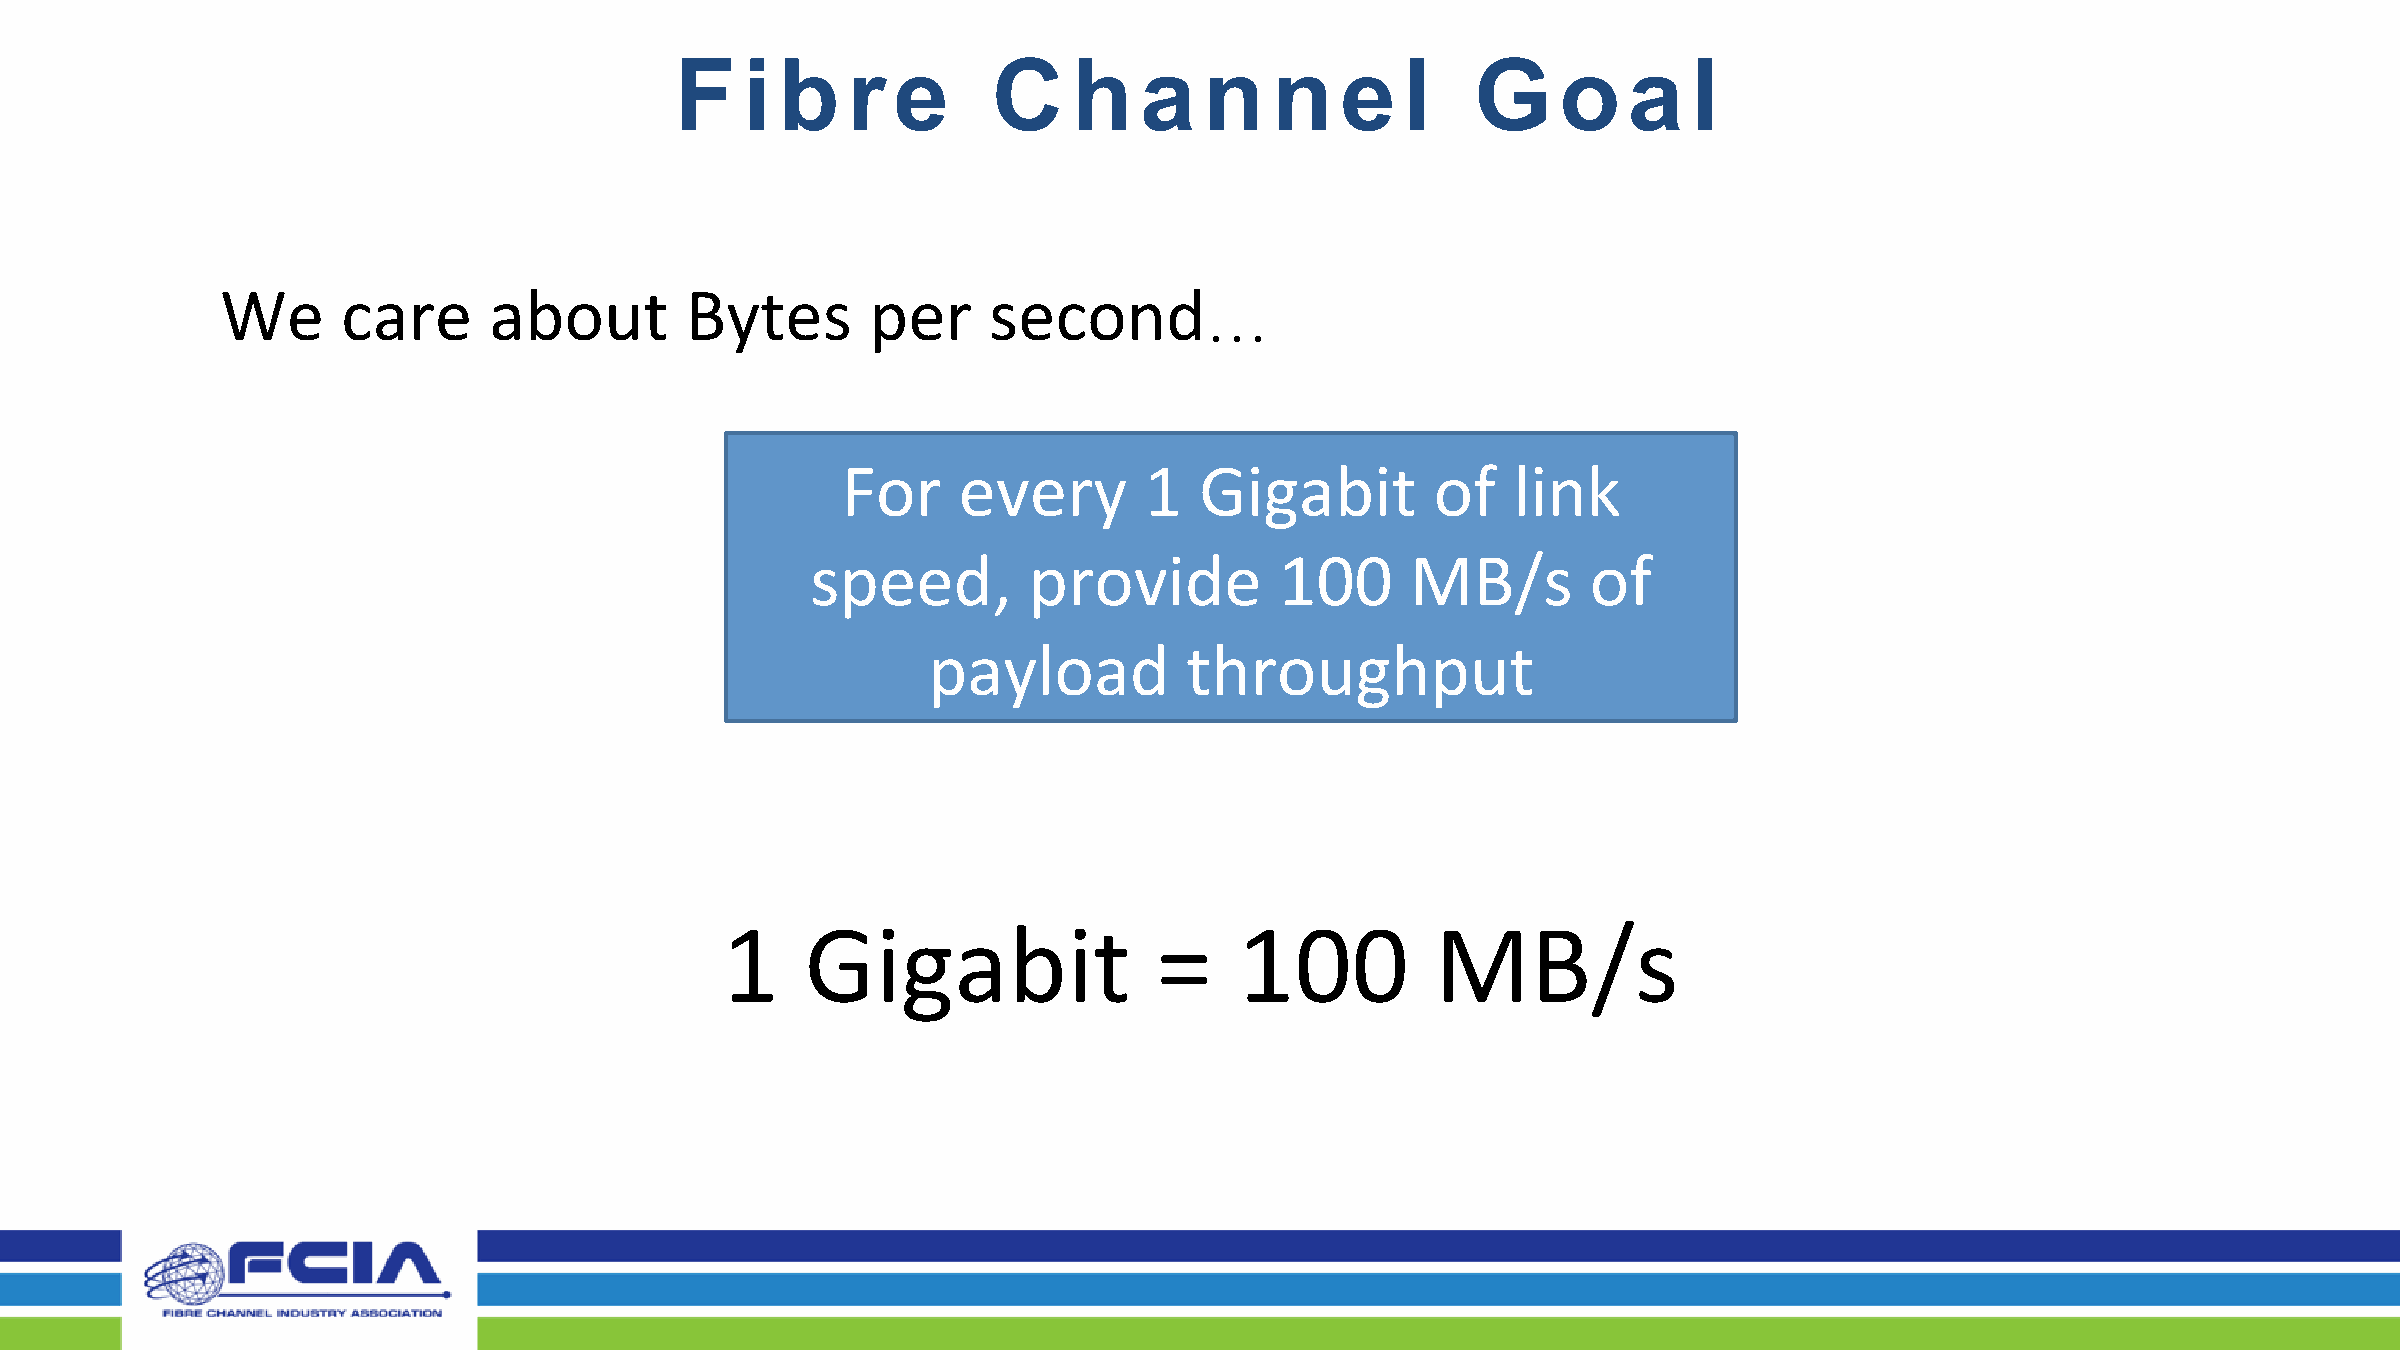
F   i  b   r  e      C    h   a    n   n    e   l    G    o    a   l
 We      care     about        Bytes        per    second
 …
 For    every        1  Gigabit         of   link
 speed,        provide          100     MB/s        of
 payload           throughput
 1    Gigabit                 =    100          MB/s